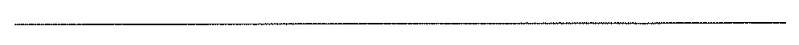
___